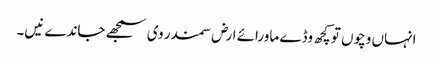
انہاں وچو‏ں تو کچھ وڈے ماورائے ارض سمندر وی سمجھ‏‏ے جاندے نیں۔